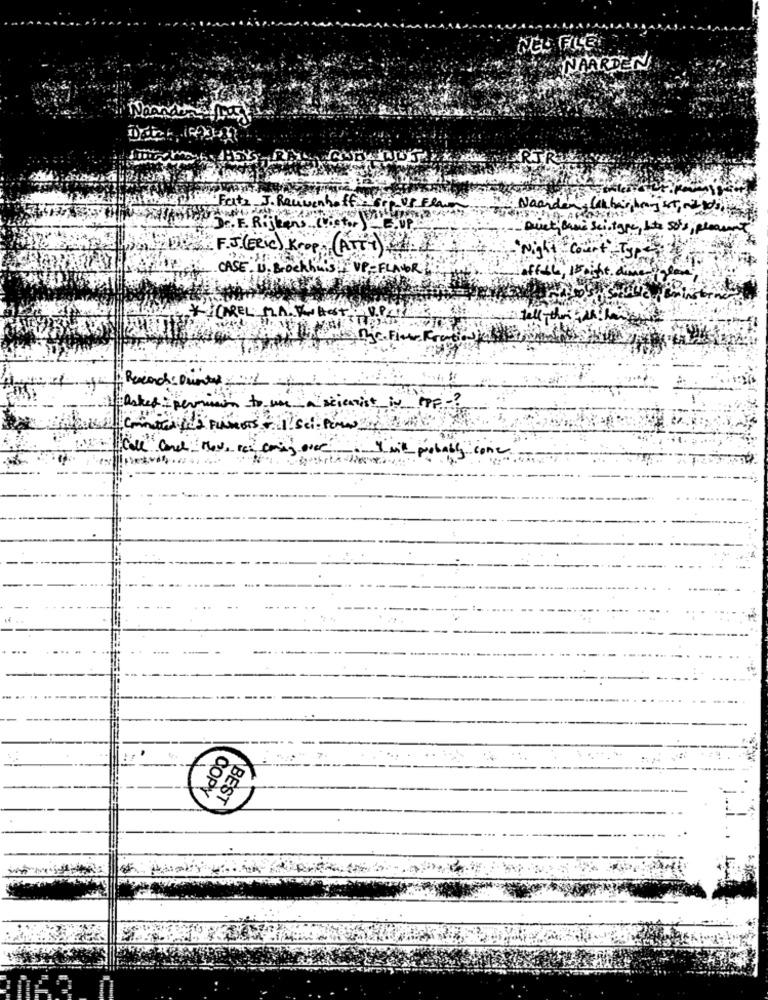
NAARDEN
RTRIS
Fatz J. Reuvenhoffe!
Naarden Calharhan St, odb,
DE. F. Rijken's .. Viet.
F.J.(ERIC) Krop ATTY).
Night
CASE. UU. Broekhuis VP =FLAVOR"
et: permain to use
sticaist in PPF.
Call" and Move To Con
COPY
BEST